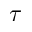
\tau